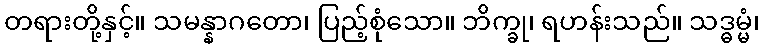
တရားတို့နှင့်။ သမန္နာဂတော၊ ပြည့်စုံသော။ ဘိက္ခု၊ ရဟန်းသည်။ သဒ္ဓမ္မံ၊